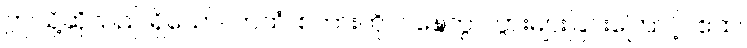
ဤသို့ဆိုသည် ရှိသော်။ ကထံ၊ စကားကို။ ဝဍ္ဎေတွာ၊ ပွားများခြင်းကြောင့်။ ဧထ၊